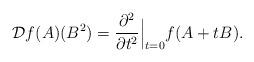
LaTeX: \begin{align*} \mathcal{D}f(A)(B^2)=\frac{\partial^2}{\partial t^2}\Big|_{t=0}f(A+tB).\end{align*}